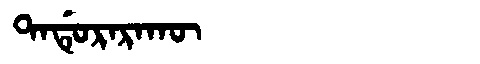
Manchu: ᡨᠠᡩᡠᡵᠠᡵᠠᡴᡡ
Romanization: TADURARAKŪ